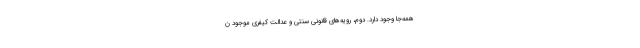
همه‌جا وجود دارد. دوم، رویه‌های قانونی سنتی و عدالت کیفری موجود ن